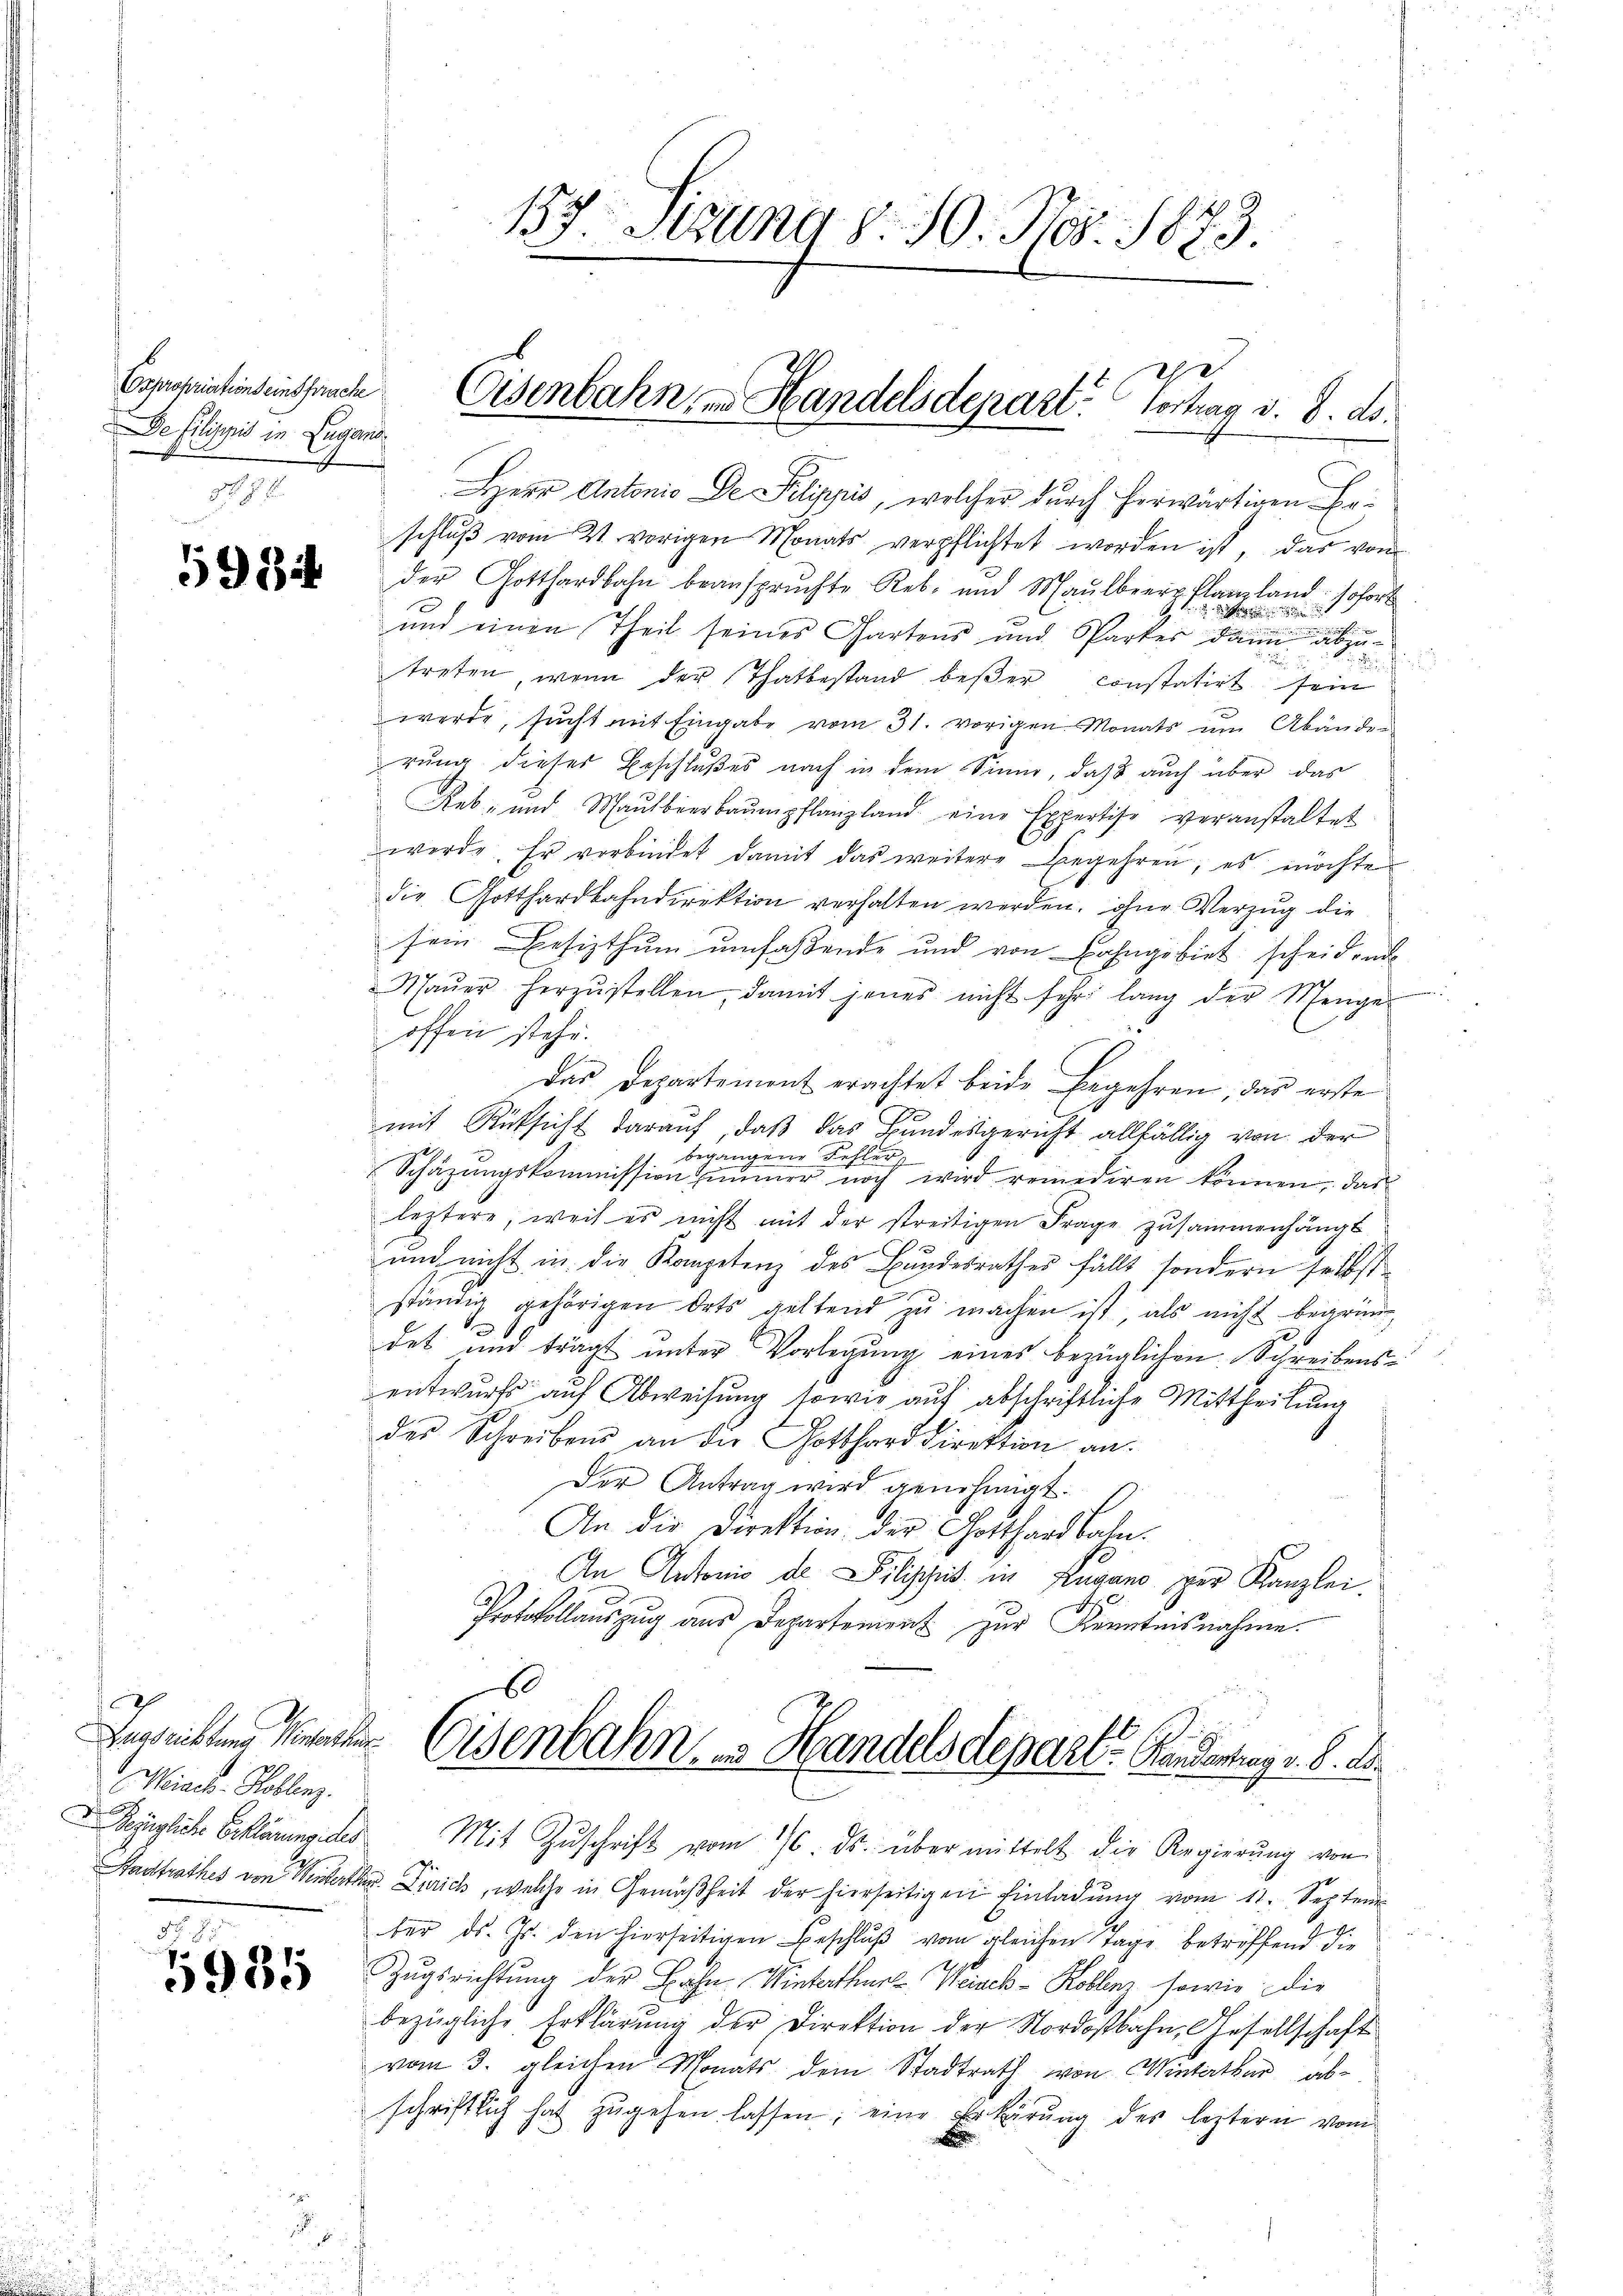
De Pilippis in Lugano

598.

Miael. Hoblenz
IBezügliche Erklärung des
Nr. 2

5985

HHerr Antonis De Pilippis, welcher durch herwärtigen Erschlŭβ vom 21. vorigen Monats verpflichtet worden ist, das von
der Gotthardbahn beanspruchte Reb- und Maulbeerpflanzland sofort
und einen Theil seines Gartens und Parkes dann abzu¬

treten, wenn der Thatbestand beßer constatirt sein
werde, sucht mit Eingabe vom 31. vorigen Monats um Abänden
rung dieses Beschlußes nach in dem Sinne, daß auch über das
Reb- und Maulbeerbaŭmpflanzland eine Expertise veranstaltet
werde. Er verbindet damit das weitere Begehren, es möchte
die Gotthardbahndirektion verhalten werden. ohne Verzug die
sein Besizthum umfaßende und von Bahngebiet scheidende
Maŭer herzŭstellen, damit jenes nicht sehr lang der Menger
offen stehe.
das Departement erachtet beide Begehren, das erste
1
mit Rücksicht darauf, daß das Bandesgericht allfällig von der
begangene Fehler,
Schäzŭngskommission Zimmer noch wird remediren können, das
leztere, weil es nicht mit der streitigen Frage zusammenhängt
h
und nicht in die Kompetenz des Bandesrathes fällt, sondern selbst
ständig gehörigen Orts geltend zŭ machen ist, als nicht begründ
d
det und trägt unter Vorlegung eines bezüglichen Schreibensentwurfs auf Abweisung sowie auf abschriftliche Mittheilung
des Schreibens an die Gotthard direktion an.
Der Antrag wird genehmigt.
An die Direktion der Gotthardbahn.
An Antonis de Silisches in Lugano zur Kanzlei.
1
Protokollauszug aus Departement zur Kenntnisnahme.
60
Beweistung deren Eisenbahn, u. Handelsdepart. Kinderung v. 8. d.
Mit Zŭschrift vom 16. ds. über mittelt die Regierung von
Stadtrathes von Winterth Zürich, welche in Gemäßheit der hierseitigen Einladŭng vom 11. Septem
ber ds. Js. den hierseitigen Beschlŭβ vom gleichen Tage betreffend die
Zugsrichtung der Bahn Winterthur Weiach-Koblenz sowie die
bezügliche Erklärŭng der Direktion der Nordostbahn, Gesellschaft
vom 3. gleichen Monats dem Stadtrath von Winterthur abschriftlich hat zŭgehen lassen, eine Erklärung des leztern vom

157. Sizung d. 10. Nov. 1873.

22
Copropriationseinspruche Eisenbahn, in Handelsdepart. Vortrag v. 8. ds.

u